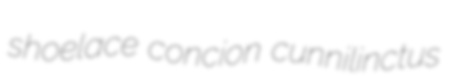
shoelace concion cunnilinctus